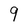
Character: 9